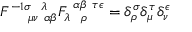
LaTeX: F _ { ~ ~ ~ ~ \mu \nu ~ \alpha \beta } ^ { - 1 \sigma ~ ~ \lambda } F _ { \lambda ~ ~ \rho } ^ { ~ \alpha \beta ~ \tau \epsilon } = \delta _ { \rho } ^ { \sigma } \delta _ { \mu } ^ { \tau } \delta _ { \nu } ^ { \epsilon }